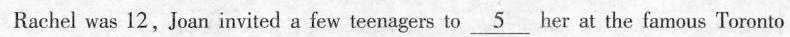
Rachel was 12，Joan invited a few teenagers to_5_her _at the famous Toronto